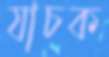
যাচক